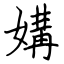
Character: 媾